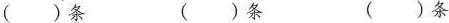
( )条 ( )条 ( )条